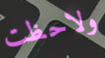
ولاحظت